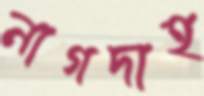
নাগদাহ